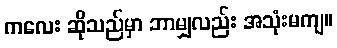
ကလေး ဆိုသည်မှာ ဘာမျှလည်း အသုံးမကျ။